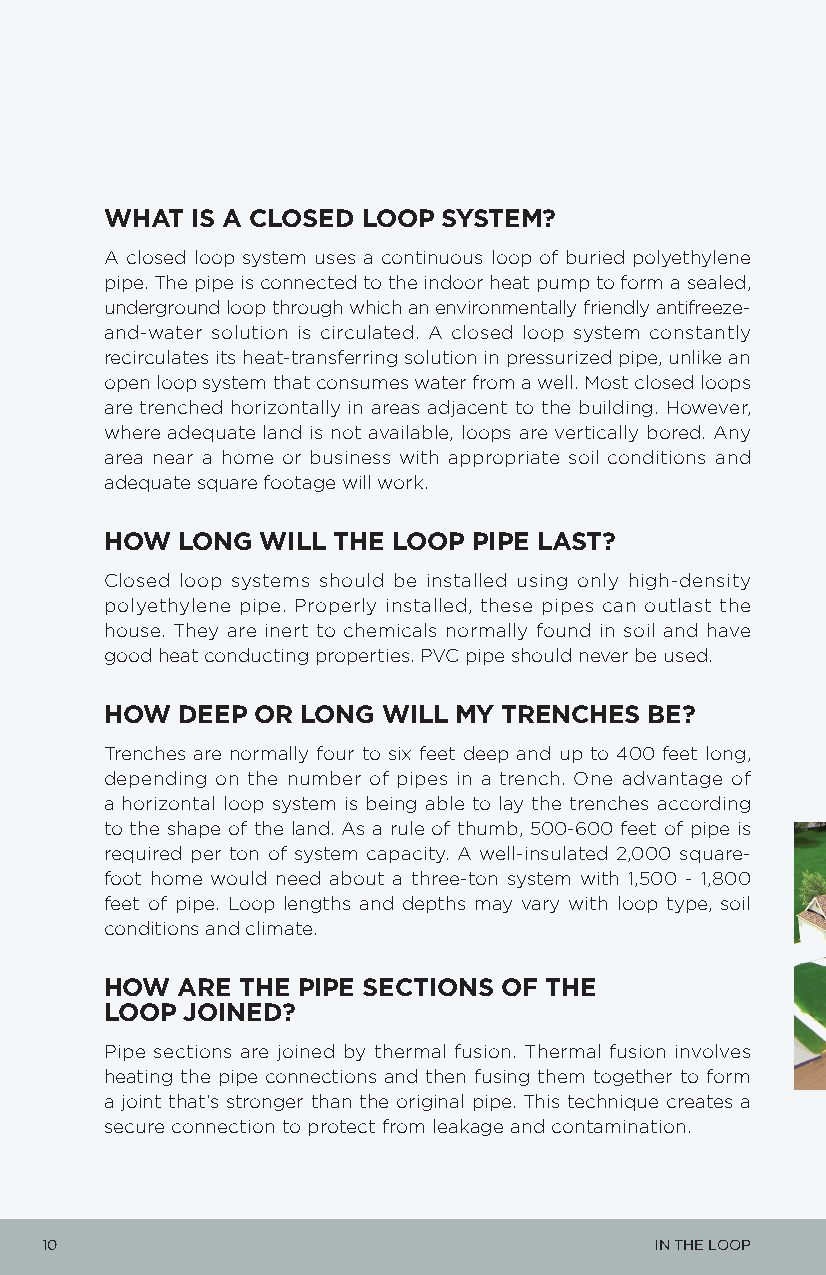
WHAT  IS A CLOSED LOOP SYSTEM?
 A closed loop system uses a continuous loop of buried polyethylene
 pipe. The pipe is connected to the indoor heat pump to form a sealed,
 underground loop through which an environmentally friendly antifreeze-
 and-water solution is circulated. A closed loop system constantly
 recirculates its heat-transferring solution in pressurized pipe, unlike an
 open loop system that consumes water from a well. Most closed loops
 are trenched horizontally in areas adjacent to the building. However,
 where adequate land is not available, loops are vertically bored. Any
 area near a home or business with appropriate soil conditions and
 adequate square footage will work.
 HOW  LONG WILL THE LOOP PIPE LAST?
 Closed loop systems should be installed using only high-density
 polyethylene pipe. Properly installed, these pipes can outlast the
 house. They are inert to chemicals normally found in soil and have
 good heat conducting properties. PVC pipe should never be used.
 HOW  DEEP OR LONG WILL MY TRENCHES  BE?
 Trenches are normally four to six feet deep and up to 400 feet long,
 depending on the number of pipes in a trench. One advantage of
 a horizontal loop system is being able to lay the trenches according
 to the shape of the land. As a rule of thumb, 500-600 feet of pipe is
 required per ton of system capacity. A well-insulated 2,000 square-
 foot home would need about a three-ton system with 1,500 - 1,800
 feet of pipe. Loop lengths and depths may vary with loop type, soil
 conditions and climate.
 HOW  ARE THE PIPE SECTIONS OF THE
 LOOP JOINED?
 Pipe sections are joined by thermal fusion. Thermal fusion involves
 heating the pipe connections and then fusing them together to form
 a joint that’s stronger than the original pipe. This technique creates a
 secure connection to protect from leakage and contamination.
 10                                      IN THE LOOP